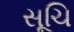
સૂચિ